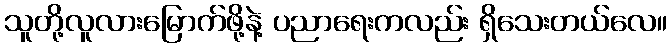
သူတို့လူလားမြောက်ဖို့နဲ့ ပညာရေးကလည်း ရှိသေးတယ်လေ။